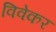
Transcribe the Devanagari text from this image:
विवेकर